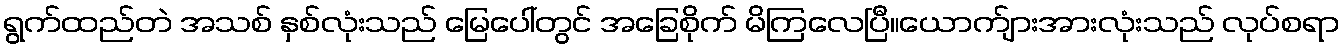
ရွက်ထည်တဲ အသစ် နှစ်လုံးသည် မြေပေါ်တွင် အခြေစိုက် မိကြလေပြီ။ယောက်ျားအားလုံးသည် လုပ်စရာ